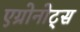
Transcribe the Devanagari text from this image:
एग्रोनोट्स